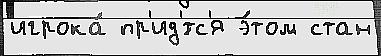
игрока́ пр'ид'́тс'я э́том стан